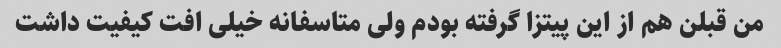
من قبلن هم از این پیتزا گرفته بودم ولى متاسفانه خیلى افت کیفیت داشت